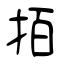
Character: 𢫦